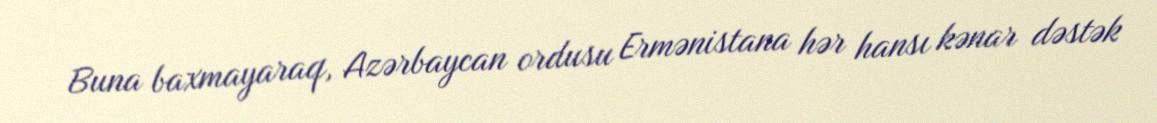
Buna baxmayaraq, Azərbaycan ordusu Ermənistana hər hansı kənar dəstək